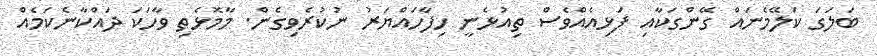
ބަލަގަ ކަލޭމެނައް ގޭންގަކާއި ފަޅިއެއްވެސް ތިއުޅެނީ ހިފާހައްޔަރު ނުކުރެވިގެން. މާމޮޅެތި ވާހަކަ ދައްކާނެކަމެއް